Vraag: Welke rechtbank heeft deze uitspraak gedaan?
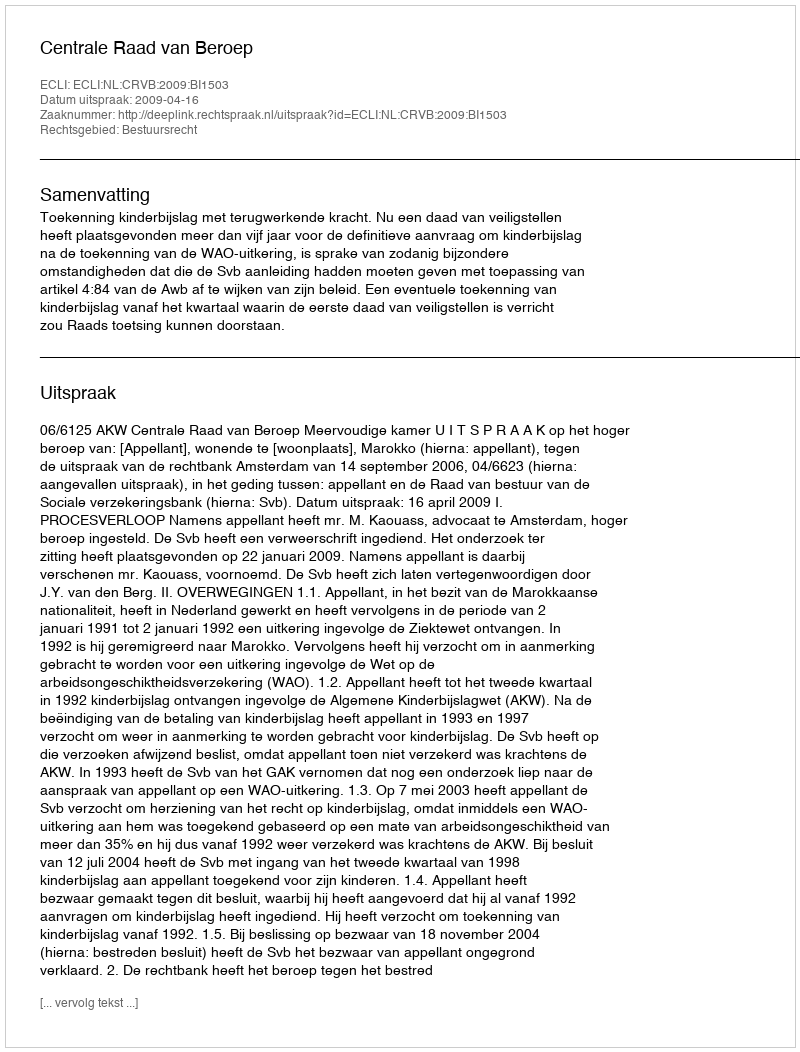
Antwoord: Centrale Raad van Beroep